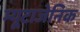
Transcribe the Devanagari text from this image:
म्यूटाजेनिक